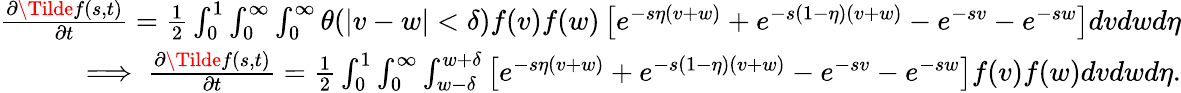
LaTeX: \begin{array}{r}{\begin{array}{r}{\frac{\partial\Tilde{f}(s,t)}{\partial t}=\frac{1}{2}\int_{0}^{1}\int_{0}^{\infty}\int_{0}^{\infty}\theta(|v-w|<\delta)f(v)f(w)\left[e^{-s\eta(v+w)}+e^{-s(1-\eta)(v+w)}-e^{-sv}-e^{-sw}\right]dvdwd\eta}\\ {\implies\frac{\partial\Tilde{f}(s,t)}{\partial t}=\frac{1}{2}\int_{0}^{1}\int_{0}^{\infty}\int_{w-\delta}^{w+\delta}\left[e^{-s\eta(v+w)}+e^{-s(1-\eta)(v+w)}-e^{-sv}-e^{-sw}\right]f(v)f(w)dvdwd\eta.}\end{array}}\end{array}